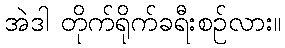
အဲဒါ တိုက်ရိုက်ခရီးစဉ်လား။